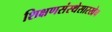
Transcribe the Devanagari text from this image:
शिक्षणसंस्थेसारखेच